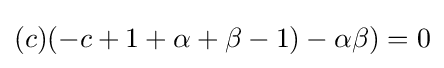
(c)(-c+1+\alpha +\beta -1)-\alpha \beta )=0